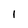
Character: I